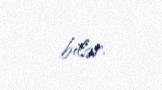
bilər.